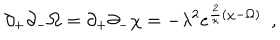
LaTeX: \partial _ { + } \partial _ { - } \Omega = \partial _ { + } \partial _ { - } \chi = - \lambda ^ { 2 } e ^ { { \frac { 2 } { \kappa } } ( \chi - \Omega ) } \ \ ,